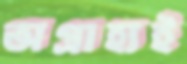
অগ্রাহ্যই